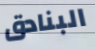
البنادق